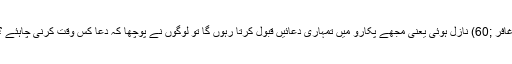
غافر ;60) نازل ہوئی یعنی مجھے پکارو میں تمہاری دعائیں قبول کرتا رہوں گا تو لوگوں نے پوچھا کہ دعا کس وقت کرنی چاہئے ؟